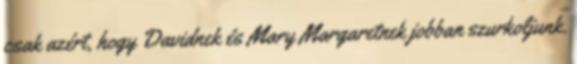
csak azért, hogy Davidnek és Mary Margaretnek jobban szurkoljunk.